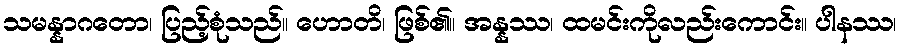
သမန္နာဂတော၊ ပြည့်စုံသည်။ ဟောတိ၊ ဖြစ်၏။ အန္နဿ၊ ထမင်းကိုလည်းကောင်း။ ပါနဿ၊